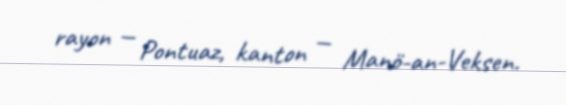
rayon — Pontuaz, kanton — Manö-an-Veksen.